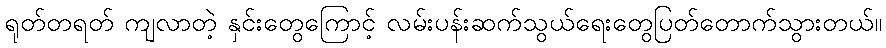
ရုတ်တရတ် ကျလာတဲ့ နှင်းတွေကြောင့် လမ်းပန်းဆက်သွယ်ရေးတွေပြတ်တောက်သွားတယ်။